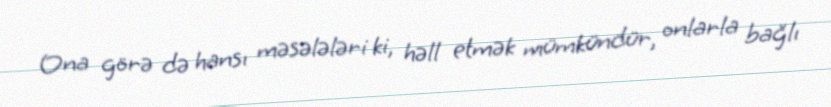
Ona görə də hansı məsələləri ki, həll etmək mümkündür, onlarla bağlı